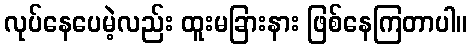
လုပ်နေပေမဲ့လည်း ထူးမခြားနား ဖြစ်နေကြတာပါ။